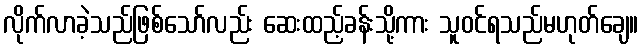
လိုက်လာခဲ့သည်ဖြစ်သော်လည်း ဆေးထည့်ခန်းသို့ကား သူဝင်ရသည်မဟုတ်ချေ။